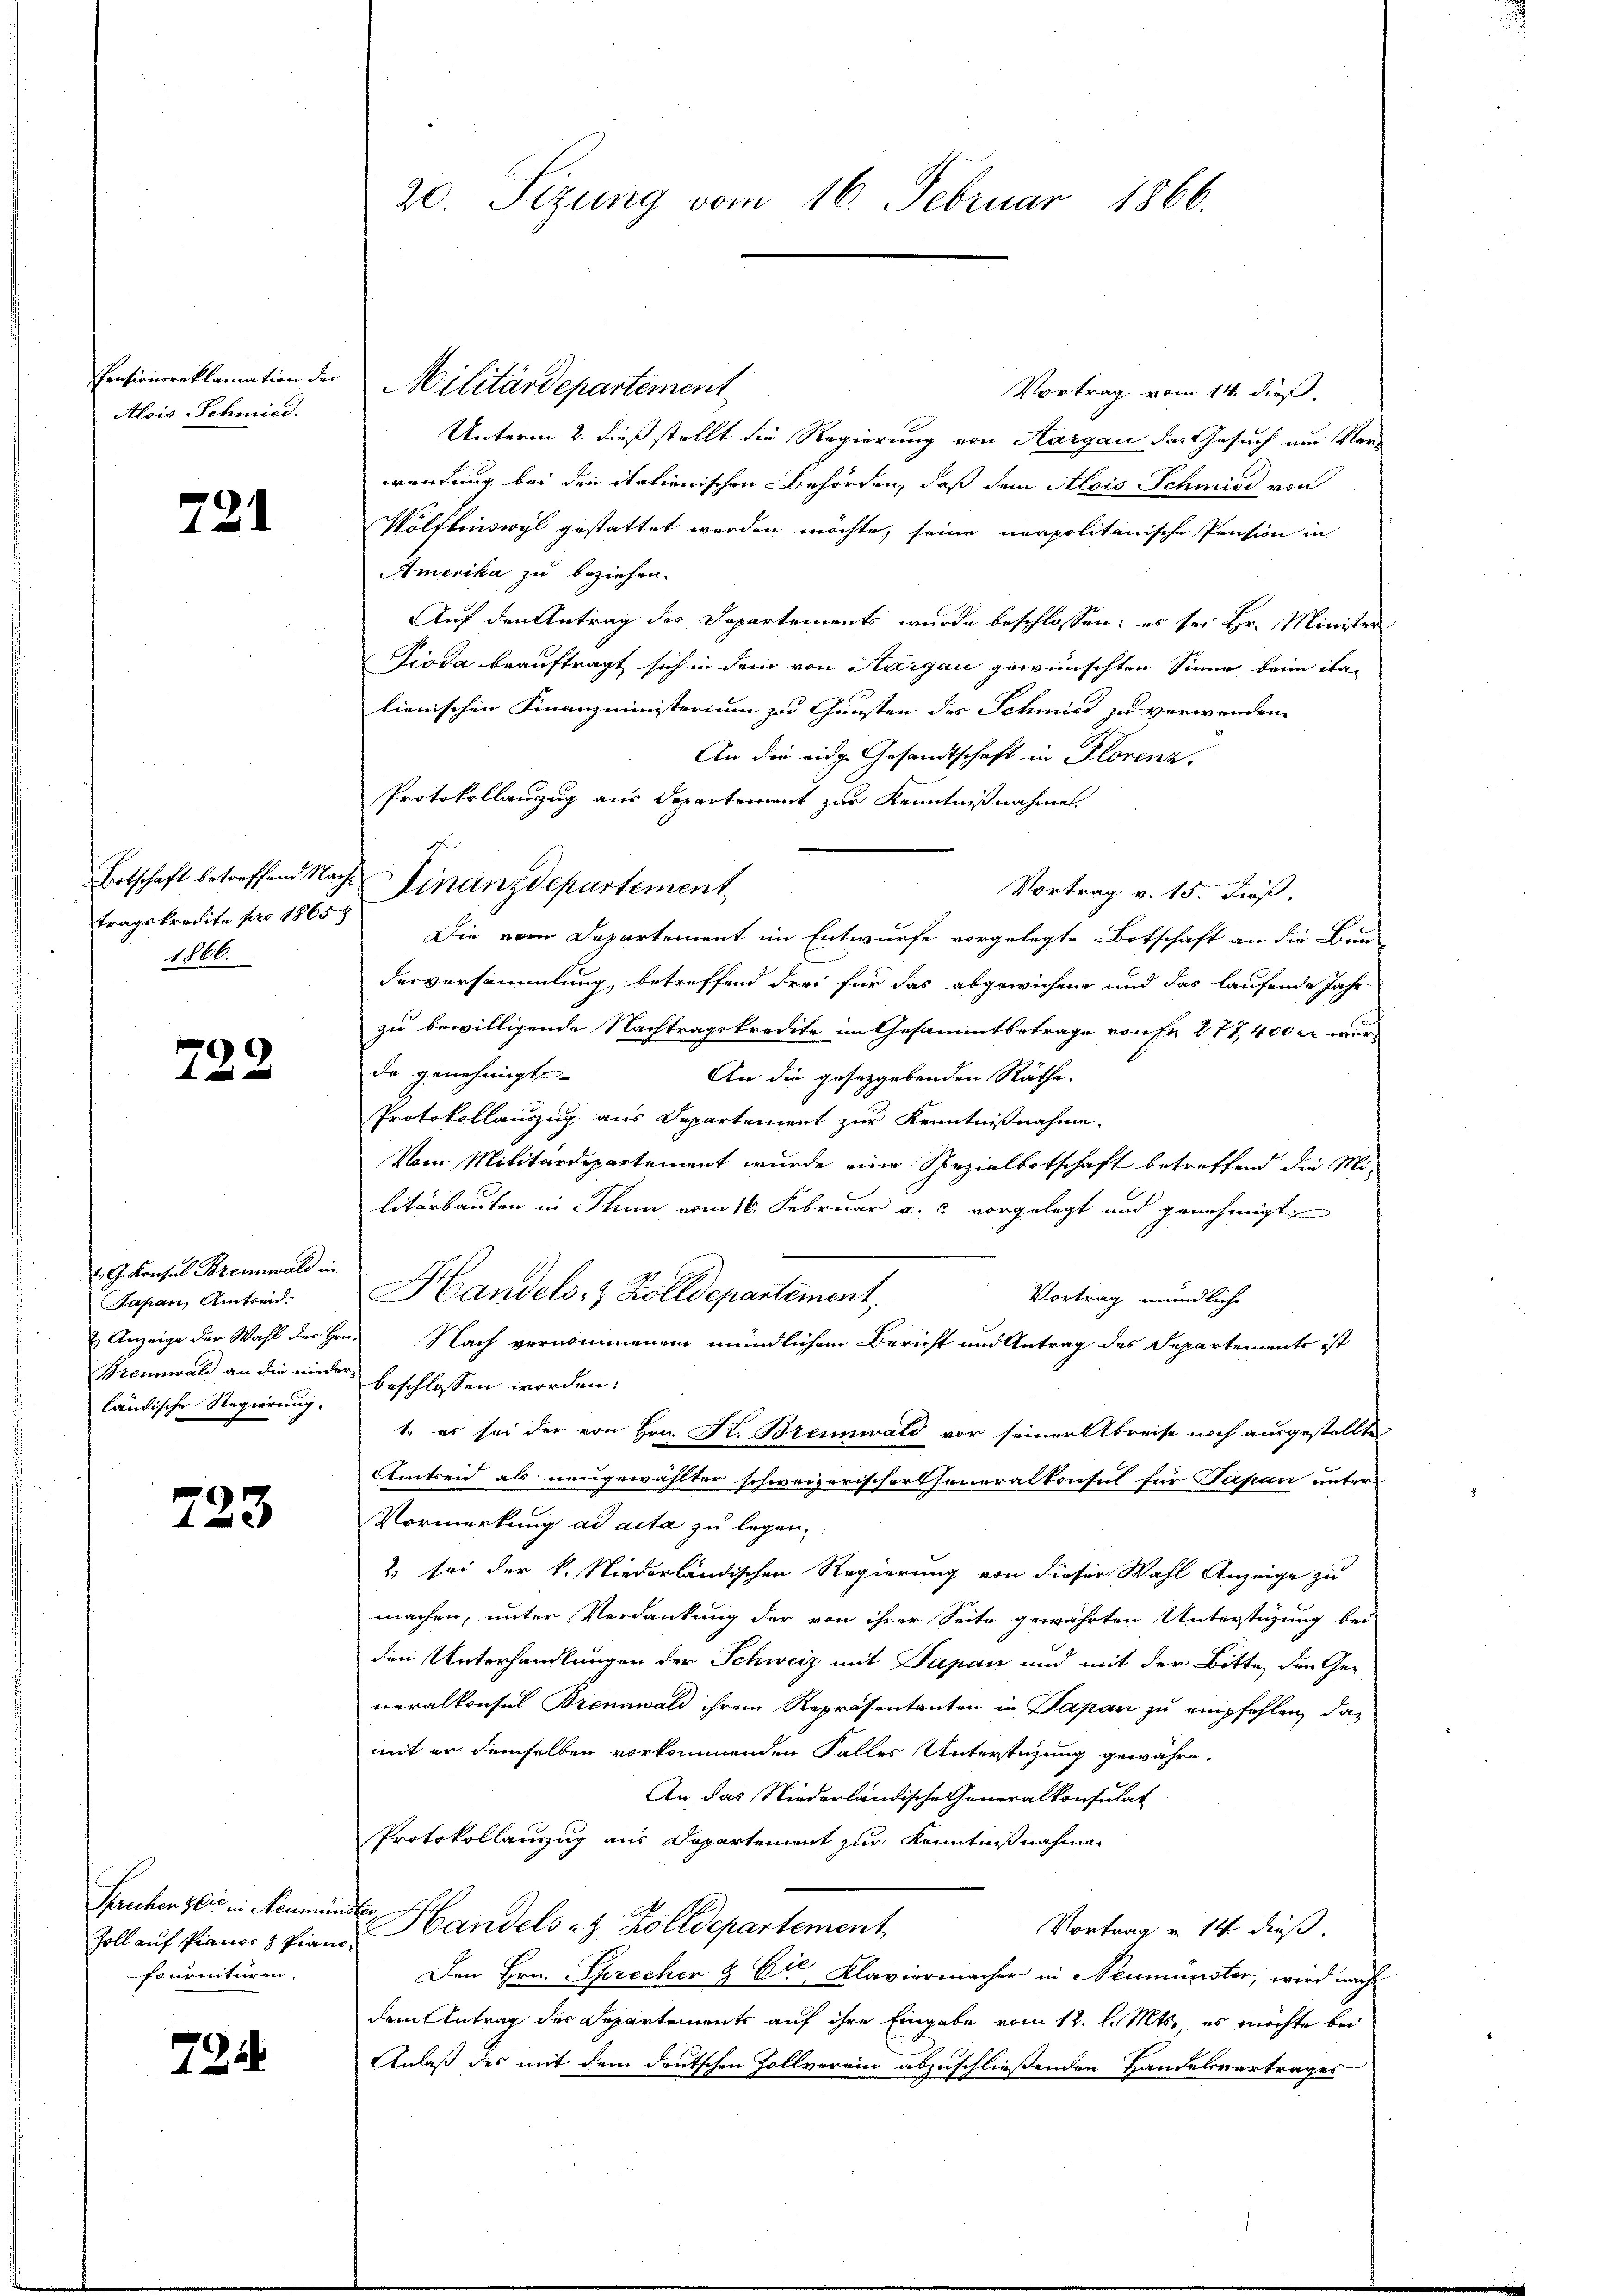
Pensionsreklamation der
Alois Schmied.

721

Botschaft betreffend Nachtragskredite pro 1865 8
1866.

722

G. Konsul Brennwald in
Sapan, Amtseid.
 Anzeige der Wahl der Hrn.
Brennwald an die wiede
ländische Regierung.

723

Sprecher Zeit in Neumün
Zoll auf Pianos Piano
fournituren.

724

20. Sizung vom 16. Februar 1866.

Militärdepartement
Vortrag vom 14. dieß.
Unterm 2. dieß stellt die Regierung von Aargau das Gesuch um Vor-
wendung bei den itationischen Behörden, daß dem Alois Schmied von
Wölflinswyl gestattet werden möchte, seine neapolitanische Pension in
Amerika zu beziehen.
Auf den Antrag des Departements wurde beschlossen: es sei Hr. Minister
Dioda beauftragt sich in dem von Aargau gewünschten Sinne beim ita-
lienischen Finanzministerium zu Gunsten des Schmied zu verwenden
An die eidg. Gesandtschaft in Florenz.
Protokollanzug aus Departement zur Kenntnißnahmen.
Finanzdepartement
Vortrag v. 15. dieß,
Die vom Departement im Entwurfe vorgelegte Botschaft an die Bau-
desversammlung, betreffend drei für das abgewichene und das laufende Jahr
zu bewilligende Nachtragskredite im Gesammtbetrage von Fr. 277 400 er wurde genehmigt.
An die gesezgebenden Räthe.
Protokollauszug aus Departement zur Kenntnißnahme
Vom Militärdepartement wurde eine Spezialbotschaft betreffend die Mi-
litärbauten in Thun vom 16. Februar a. 2 vorgelegt und genehmigt.
Handels- & Zolldepartement,
Vortrag mündliche
 Nach vernommenem mündlichem Bericht und Antrag des Separtements ist
beschlossen worden.
1., es sei der von Hrn. Kr. Brennwald vor seiner Abreise noch ausgestellte
Amtreid als neugewählter schweizerischorsseneralkonsul für Papan unter
Vormerkung ad acta zu legen.
2) bei der k. Niederländischen Regierung von dieser Wahl Anzeige zu
machen, unter Verdankung der von ihrer Seite gewährten Unterstüzung bei
den Unterhandlungen der Schweiz mit Papan und mit der Bitte, den Generalkonsul Brennwald ihrem Repräsentanten in Papan zu empfehlen, das
mit er demselben vorkommenden Falles Unterstüzung gewähre.
An das Niederländische Generalkonsulat
Protokollanzug aus Departement zur Kenntnißnahmen
Be
Handels-Z. Zolldepartement
Vortrag v. 14 dieß.
Den Hrn. Sprecher & Cie Klaviermacher in Neumünster, wird nach
dem Antrag der Departements auf ihre Eingabe vom 12. l. Mts., es möchte bei
Anlaß des mit dem deutschen Zollverein abzuschließenden Handelsvertrages